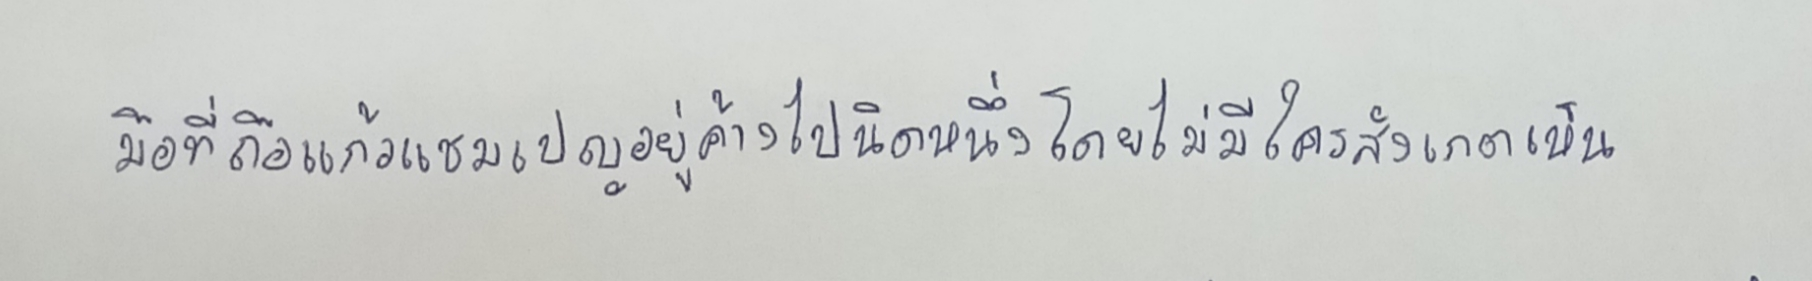
มือที่ถือแก้วแชมเปญอยู่ค้างไปนิดหนึ่งโดยไม่มีใครสังเกตเห็น